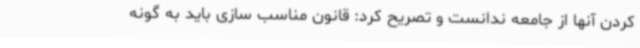
کردن آنها از جامعه ندانست و تصریح کرد: قانون مناسب سازی باید به گونه